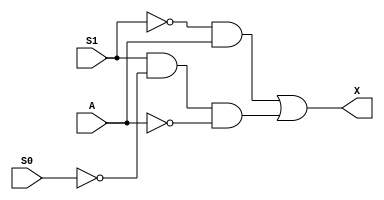
module x_logic(A, S1, S0, X);

	input A, S1, S0;
	output X;
	
	assign X = (~S1 && A) || (S1 && ~S0 && ~A);
	
endmodule